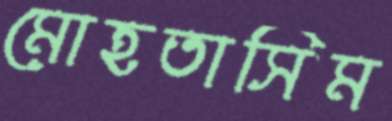
মোহতাসিম